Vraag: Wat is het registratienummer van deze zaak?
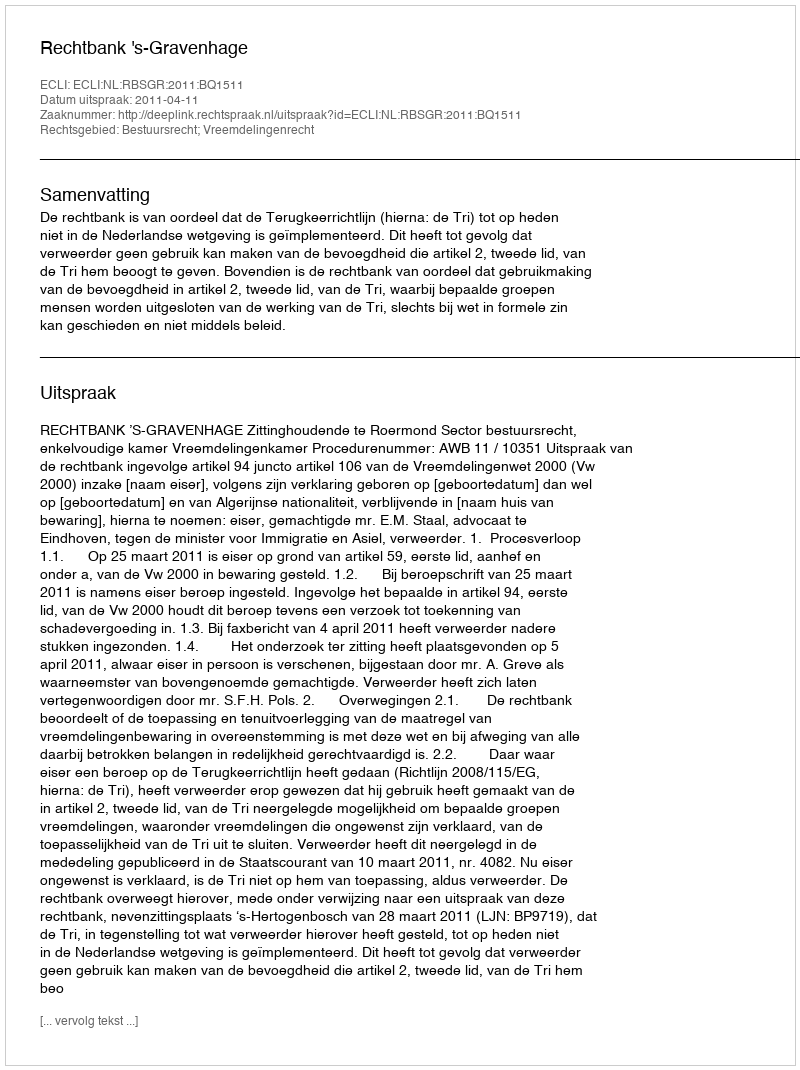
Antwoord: http://deeplink.rechtspraak.nl/uitspraak?id=ECLI:NL:RBSGR:2011:BQ1511